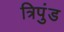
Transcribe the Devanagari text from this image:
त्रिपुंड